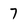
Character: 7